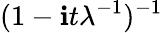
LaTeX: \! \, (1-\mathbf{i}t\lambda^{-1})^{-1}